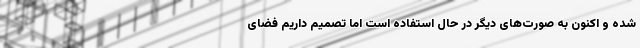
شده و اکنون به صورت‌های دیگر در حال استفاده است اما تصمیم داریم فضای